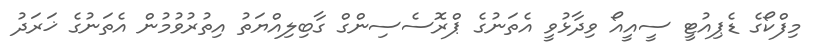
މިފްކޯގެ ޑެޕިއުޓީ ސީއީއޯ ވިދާޅުވީ އެތަނުގެ ޕްރޮސެސިންގް ގާބިލިއްޔަތު އިތުރުވުމުން އެތަނުގެ ޚަރަދު